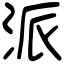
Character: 派